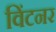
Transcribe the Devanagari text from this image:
विंटनर